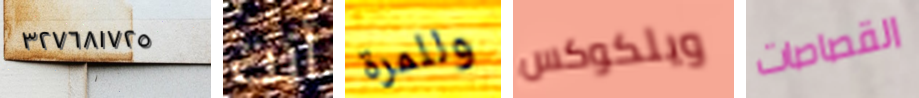
٣٢٧٦٨١٧٢٥ أنت وللمرة ويلكوكس القصاصات